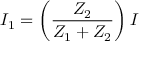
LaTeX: I _ { 1 } = \left( { \frac { Z _ { 2 } } { Z _ { 1 } + Z _ { 2 } } } \right) I